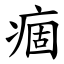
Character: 痼